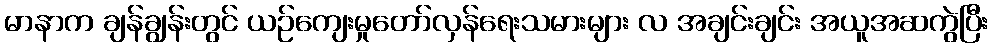
မာနာက ချန်ချွန်းတွင် ယဉ်ကျေးမှုတော်လှန်ရေးသမားများ လ အချင်းချင်း အယူအဆကွဲပြီး